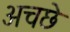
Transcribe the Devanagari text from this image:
अचछे